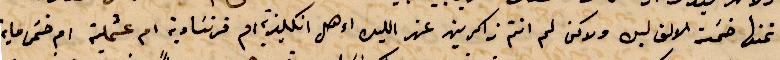
تمنها خمسة الاف ايره لم انتم ذاكرين عنه الليل اءهل انكليزيو ام فرنساوية ام عثملية ام خمس ماية